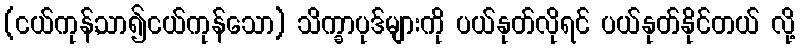
(ငယ်ကုန်,သာ၍ငယ်ကုန်သော) သိက္ခာပုဒ်များကို ပယ်နုတ်လိုရင် ပယ်နုတ်နိုင်တယ် လို့